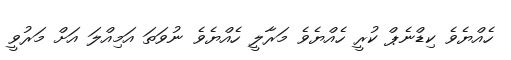
ހެއްޔެވެ ކިޑްނެޕް ކުރީ ހެއްޔެވެ މަރާލީ ހެއްޔެވެ ނުވަތަ އަމިއްލަ އަށް މަރުވީ